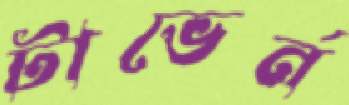
টাভের্ন